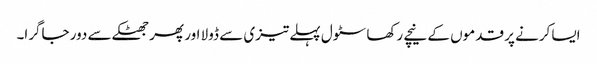
ایسا کرنے پر قدموں کے نیچے رکھا سٹول پہلے تیزی سے ڈولا اور پھر جھٹکے سے دور جاگرا۔